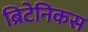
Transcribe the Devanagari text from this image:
ब्रिटेनिकस